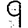
Digit: 9